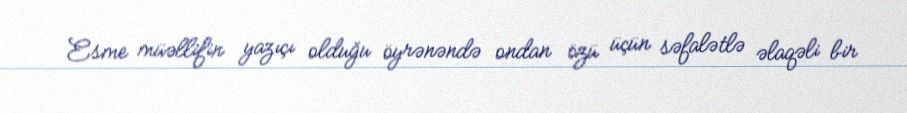
Esme müəllifin yazıçı olduğu öyrənəndə ondan özü üçün səfalətlə əlaqəli bir